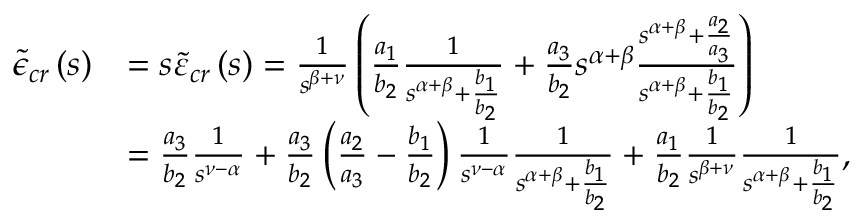
\begin{array} { r l } { \tilde { \epsilon } _ { c r } \left( s \right) } & { = s \tilde { \varepsilon } _ { c r } \left( s \right) = \frac { 1 } { s ^ { \beta + \nu } } \left( \frac { a _ { 1 } } { b _ { 2 } } \frac { 1 } { s ^ { \alpha + \beta } + \frac { b _ { 1 } } { b _ { 2 } } } + \frac { a _ { 3 } } { b _ { 2 } } s ^ { \alpha + \beta } \frac { s ^ { \alpha + \beta } + \frac { a _ { 2 } } { a _ { 3 } } } { s ^ { \alpha + \beta } + \frac { b _ { 1 } } { b _ { 2 } } } \right) } \\ & { = \frac { a _ { 3 } } { b _ { 2 } } \frac { 1 } { s ^ { \nu - \alpha } } + \frac { a _ { 3 } } { b _ { 2 } } \left( \frac { a _ { 2 } } { a _ { 3 } } - \frac { b _ { 1 } } { b _ { 2 } } \right) \frac { 1 } { s ^ { \nu - \alpha } } \frac { 1 } { s ^ { \alpha + \beta } + \frac { b _ { 1 } } { b _ { 2 } } } + \frac { a _ { 1 } } { b _ { 2 } } \frac { 1 } { s ^ { \beta + \nu } } \frac { 1 } { s ^ { \alpha + \beta } + \frac { b _ { 1 } } { b _ { 2 } } } , } \end{array}